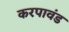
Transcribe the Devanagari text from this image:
करपावंड